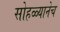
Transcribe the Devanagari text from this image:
सोहळ्यानेच